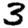
Digit: 3